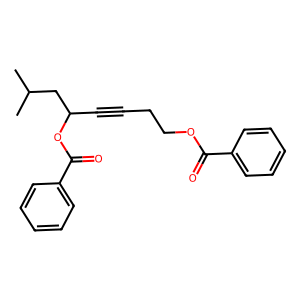
SMILES: CC(C)CC(C#CCCOC(=O)c1ccccc1)OC(=O)c1ccccc1
Inhibits HIV replication: No